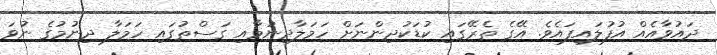
ދައުވާއެއް އުފުލައިފައެވެ. އޭގެ ތެރޭގައި ކުޑަކުދިންނަށް ހަމަލާދިނުމާއި ގަސްތުގައި ހަމަލާ ދިނުމުގެ ނުވަ